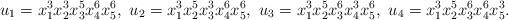
LaTeX: \begin{align*}u_{1} = x_1^{3}x_2^{3}x_3^{5}x_4^{6}x_5^{6},\ u_{2} = x_1^{3}x_2^{5}x_3^{3}x_4^{6}x_5^{6},\ u_{3} = x_1^{3}x_2^{5}x_3^{6}x_4^{3}x_5^{6},\ u_{4} = x_1^{3}x_2^{5}x_3^{6}x_4^{6}x_5^{3}.\end{align*}